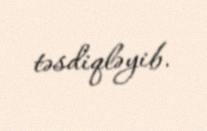
təsdiqləyib.